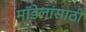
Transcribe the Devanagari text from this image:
मॉडेलांसाठी